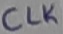
Text: CLK